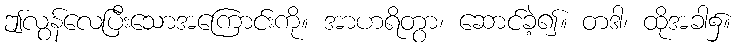
ဤလွန်လေပြီးသောအကြောင်းကို။ အာဟရိတွာ၊ ဆောင်ခဲ့၍။ တဒါ၊ ထိုအခါ၌။